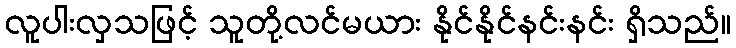
လူပါးလှသဖြင့် သူတို့လင်မယား နိုင်နိုင်နင်းနင်း ရှိသည်။